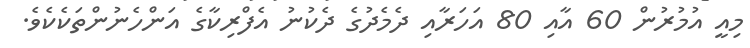
މިއީ އުމުރުން 60 އާއި 80 އަހަރާއި ދެމެދުގެ ދެކުނު އެފްރިކާގެ އަންހެނުންތަކެކެވެ.